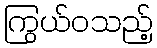
ကြွယ်ဝသည့်